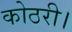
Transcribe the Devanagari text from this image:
कोठरी।